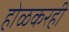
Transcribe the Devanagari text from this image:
होळकरही